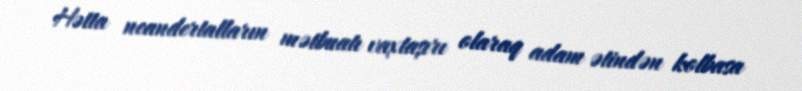
Hətta neandertalların mətbuatı vaxtaşırı olaraq adam ətindən kolbasa